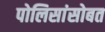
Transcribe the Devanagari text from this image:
पोलिसांसोबत